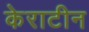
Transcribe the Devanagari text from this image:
केराटीन